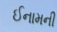
ઈનામની